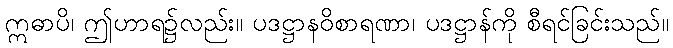
ဣဓာပိ၊ ဤဟာရ၌လည်း။ ပဒဋ္ဌာနဝိစာရဏာ၊ ပဒဋ္ဌာန်ကို စီရင်ခြင်းသည်။